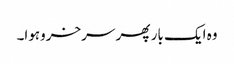
وہ ایک بار پھر سرخروہوا۔